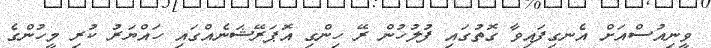
ވީނިއުސްއަށް އެނގިފައިވާ ގޮތުގައި ފުލުހުން ރޭ ހިންގި އޮޕަރޭޝަނެއްގައި ހައްޔަރު ކުރި މީހުންގެ